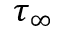
\tau _ { \infty }